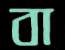
বা